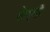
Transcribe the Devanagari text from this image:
रेग्गी